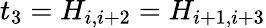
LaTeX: t_{3}=H_{i,i+2}=H_{i+1,i+3}